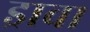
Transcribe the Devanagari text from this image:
ड्रावा